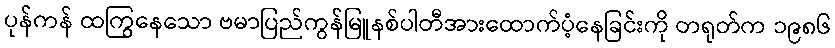
ပုန်ကန် ထကြွနေသော ဗမာပြည်ကွန်မြူနစ်ပါတီအားထောက်ပံ့နေခြင်းကို တရုတ်က ၁၉၈၆